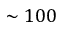
\sim 1 0 0